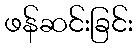
ဖန်ဆင်းခြင်း